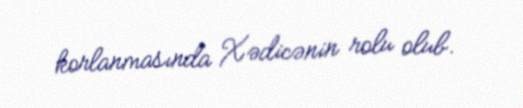
korlanmasında Xədicənin rolu olub.